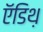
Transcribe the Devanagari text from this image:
ऍडिथ़